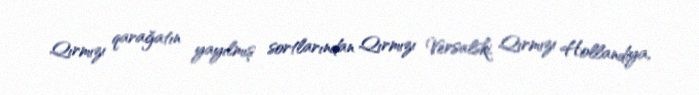
Qırmızı qarağatın yayılmış sortlarından Qırmızı Versalski, Qırmızı Hollandiya,